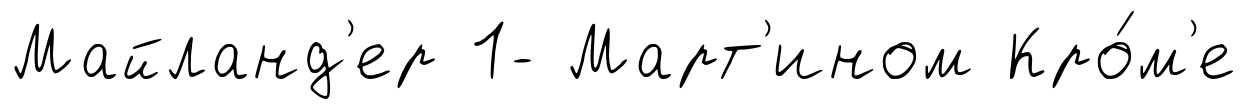
Майланд'ер 1- Март'ином Кро́м'е